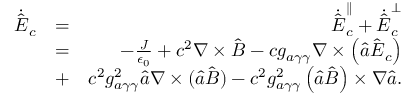
\begin{array} { r l r } { \dot { \hat { \boldsymbol E } } _ { c } } & { = } & { \dot { \hat { \boldsymbol E } } _ { c } ^ { \parallel } + \dot { \hat { \boldsymbol E } } _ { c } ^ { \perp } } \\ & { = } & { - \frac { \boldsymbol J } { \epsilon _ { 0 } } + c ^ { 2 } \boldsymbol \nabla \times \hat { \boldsymbol B } - c g _ { a \gamma \gamma } \boldsymbol \nabla \times \left( \hat { a } \hat { \boldsymbol E } _ { c } \right) } \\ & { + } & { c ^ { 2 } g _ { a \gamma \gamma } ^ { 2 } \hat { a } \boldsymbol \nabla \times ( \hat { a } \hat { \boldsymbol B } ) - c ^ { 2 } g _ { a \gamma \gamma } ^ { 2 } \left( \hat { a } \hat { \boldsymbol B } \right) \times \boldsymbol \nabla \hat { a } . } \end{array}